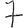
Digit: 7